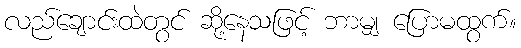
လည်ချောင်းထဲတွင် ဆို့နေသဖြင့် ဘာမျှ ပြောမထွက်။